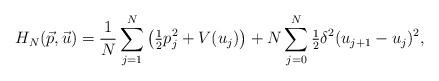
LaTeX: \begin{align*} H_N(\vec{p},\vec{u}) = \frac{1}{N}\sum_{j=1}^{N} \left(\tfrac12p_j^2 + V(u_j)\right) + N\sum_{j=0}^{N}\tfrac12 \delta^2(u_{j+1}-u_j)^2,\end{align*}